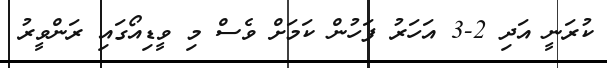
ކުރަނީ އަދި 2-3 އަހަރު ފަހުން ކަމަށް ވެސް މި ވީޑިއޯގައި ރަންވީރު